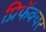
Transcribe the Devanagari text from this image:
प्रिफॅक्चर